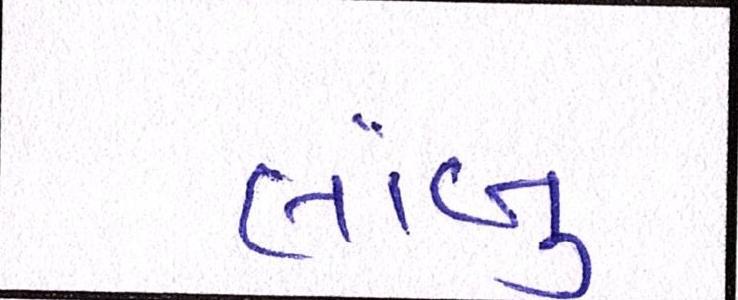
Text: લાંબુ